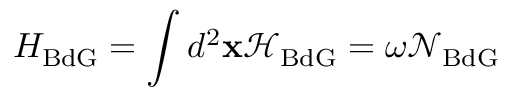
H _ { \mathrm { B d G } } = \int d ^ { 2 } \mathbf { x } \mathcal { H } _ { \mathrm { B d G } } = \omega \mathcal { N } _ { \mathrm { B d G } }